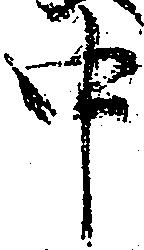
中